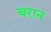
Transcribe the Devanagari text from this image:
चरान